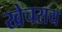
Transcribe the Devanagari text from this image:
खेचराय